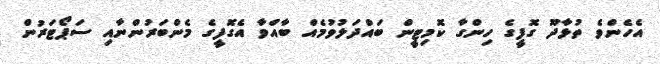
އެހެންވެ ތުޅާދޫ ގޮފީގެ ހިންގާ ކޮމިޓީން ބައްދަލުވުމެއް ބާއްވާ އެގޮފީގެ މެންބަރުންނާއި ސަޕޯޓަރުން